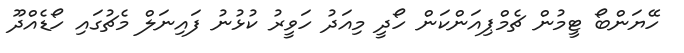
ހޭޔަންބޯ ޓީމުން ޗެމްޕިއަންކަން ހޯދީ މިއަދު ހަވީރު ކުޅުނު ފައިނަލް މެޗުގައި ހޯޑެއްދޫ